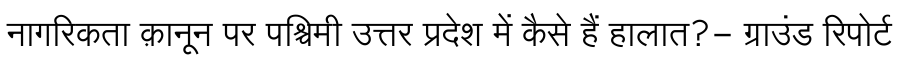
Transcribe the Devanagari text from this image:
नागरिकता क़ानून पर पश्चिमी उत्तर प्रदेश में कैसे हैं हालात?- ग्राउंड रिपोर्ट